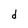
Character: d